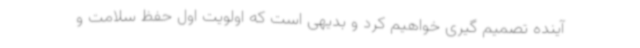
آینده تصمیم گیری خواهیم کرد و بدیهی است که اولویت اول حفظ سلامت و